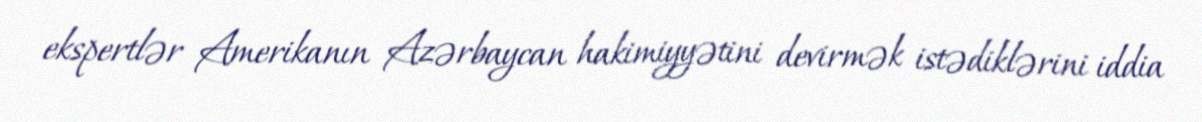
ekspertlər Amerikanın Azərbaycan hakimiyyətini devirmək istədiklərini iddia